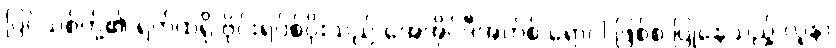
ပြင်သစ်တို့၏ ရက်ထရို ဗိုင်းရပ်စ်ပိုးသည် အေအိုင်ဒီအက်စ် ရောဂါ ဖြစ်စ ပြုနေသည့် လူနာ